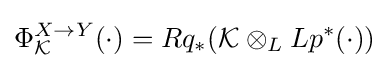
\Phi _{\mathcal {K}}^{X\to Y}(\cdot )=Rq_{*}({\mathcal {K}}\otimes _{L}Lp^{*}(\cdot ))